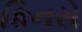
કિનરો